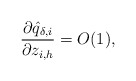
\begin{align*}\frac{\partial \hat{q}_{\delta,i}}{\partial z_{i,h}}=O(1),\end{align*}